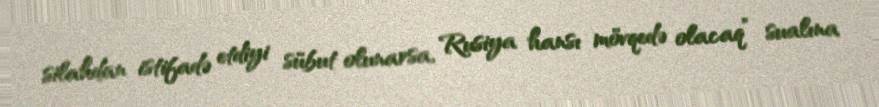
silahdan istifadə etdiyi sübut olunarsa, Rusiya hansı mövqedə olacaq” sualına